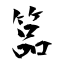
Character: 𥰔